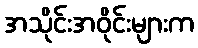
အသိုင်းအဝိုင်းများက